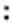
: